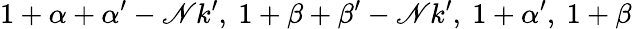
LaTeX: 1+\alpha+\alpha^{\prime}-\mathscr{N}k^{\prime},~1+\beta+\beta^{\prime}-\mathscr{N}k^{\prime},~1+\alpha^{\prime},~1+\beta